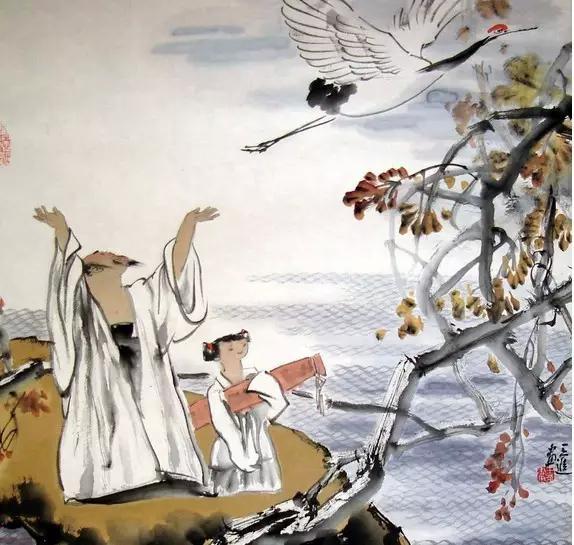
大天而思之，孰与物畜而制之！从天而颂之，孰与制天命而用之！